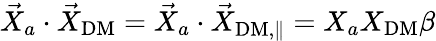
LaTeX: \vec{X}_{a}\cdot\vec{X}_{\mathrm{DM}}=\vec{X}_{a}\cdot\vec{X}_{\mathrm{DM,\parallel}}=X_{a}X_{\mathrm{DM}}\beta